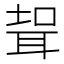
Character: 𱻹